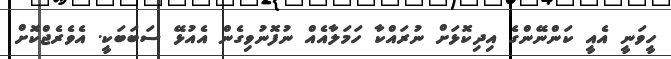
ހީވަނީ އެއީ ކަންނޭންގެ އިދިކޮޅަށް ނުރައްކާ ހަމަލާއެއް ނުފޮނުވިގެން އެއުޅޭ ސަބަބަކީ. އެވެރެޖްކޮށް